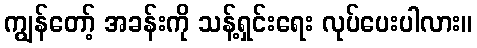
ကျွန်တော့် အခန်းကို သန့်ရှင်းရေး လုပ်ပေးပါလား။